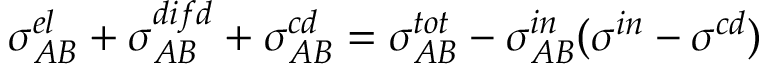
\sigma _ { A B } ^ { e l } + \sigma _ { A B } ^ { d i f d } + \sigma _ { A B } ^ { c d } = \sigma _ { A B } ^ { t o t } - \sigma _ { A B } ^ { i n } ( \sigma ^ { i n } - \sigma ^ { c d } )